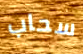
سحاب